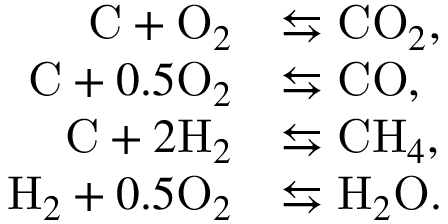
\begin{array} { r l } { \mathrm { C } + \mathrm { O } _ { 2 } } & { \leftrightarrows \mathrm { C O } _ { 2 } , } \\ { \mathrm { C } + 0 . 5 \mathrm { O } _ { 2 } } & { \leftrightarrows \mathrm { C O } , } \\ { \mathrm { C } + 2 \mathrm { H } _ { 2 } } & { \leftrightarrows \mathrm { C H } _ { 4 } , } \\ { \mathrm { H } _ { 2 } + 0 . 5 \mathrm { O } _ { 2 } } & { \leftrightarrows \mathrm { H } _ { 2 } \mathrm { O } . } \end{array}